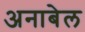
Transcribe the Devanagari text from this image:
अनाबेल